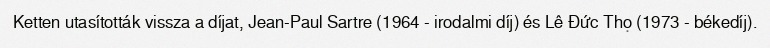
Ketten utasították vissza a díjat, Jean-Paul Sartre (1964 - irodalmi díj) és Lê Đức Thọ (1973 - békedíj).